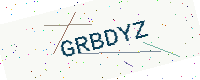
Text: GRBDYZ